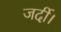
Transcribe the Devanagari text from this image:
जर्दी।